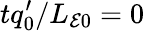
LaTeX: tq_{0}^{\prime}/L_{\mathcal{E}0}=0